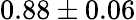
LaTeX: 0.88\pm 0.06